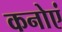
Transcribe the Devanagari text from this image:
कनोएं